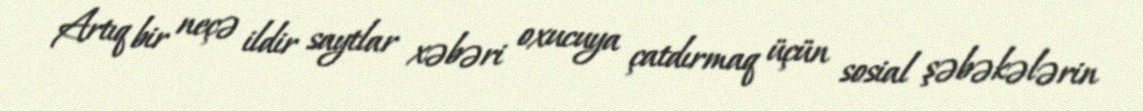
Artıq bir neçə ildir saytlar xəbəri oxucuya çatdırmaq üçün sosial şəbəkələrin